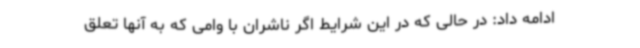
ادامه داد: در حالی که در این شرایط اگر ناشران با وامی که به آنها تعلق